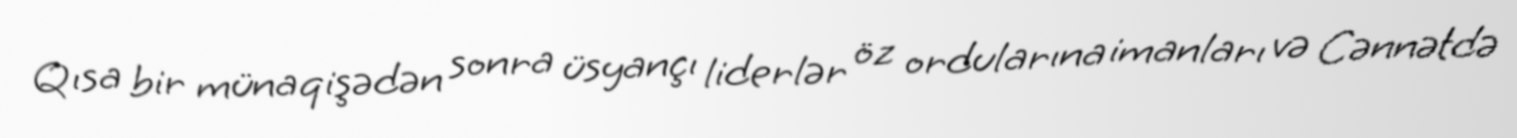
Qısa bir münaqişədən sonra üsyançı liderlər öz ordularına imanları və Cənnətdə